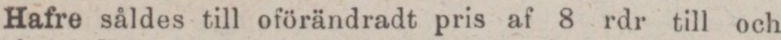
Hafre såldes till oförändradt pris af 8 rdr till och